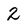
Character: 2